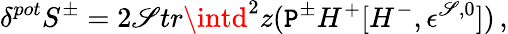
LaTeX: \delta^{pot}S^{\pm}=2\mathscr{S}tr\intd^{2}z(\mathtt{P}^{\pm}H^{+}[H^{-},\epsilon^{\mathscr{S},0}])\, ,